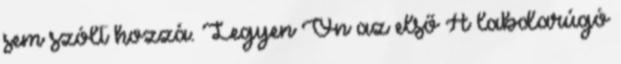
sem szólt hozzá. Legyen Ön az első A labdarúgó